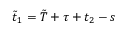
\tilde { t } _ { 1 } = \tilde { T } + \tau + t _ { 2 } - s